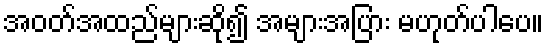
အဝတ်အထည်များဆို၍ အများအပြား မဟုတ်ပါပေ။